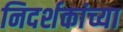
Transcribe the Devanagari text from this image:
निदर्शकांच्या